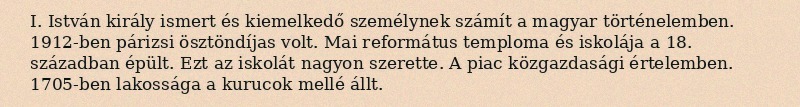
I. István király ismert és kiemelkedő személynek számít a magyar történelemben. 1912-ben párizsi ösztöndíjas volt. Mai református temploma és iskolája a 18. században épült. Ezt az iskolát nagyon szerette. A piac közgazdasági értelemben. 1705-ben lakossága a kurucok mellé állt.